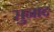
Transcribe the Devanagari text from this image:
सुनाद